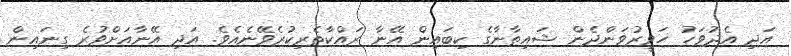
އަދި އެދުވަހު ހަވީރުވަންދެން ޝައިޠާނާގެ ކިބައިން އޭނާ ރައްކާތެރިކުރެވޭނެއެވެ. އަދި އޭނާއަށްވުރެ ގިނައިން